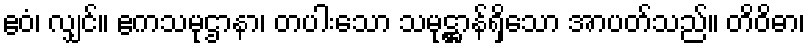
ဧဝံ၊ လျှင်။ ဧကသမုဌာနာ၊ တပါးသော သမုဋ္ဌာန်ရှိသော အာပတ်သည်။ တိဝိဓာ၊